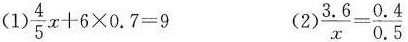
(1)$$\frac { 4 } { 5 } x + 6 \times 0.7 = 9$$ (2) $$\frac { 3 . 6 } { x } = \frac { 0 . 4 } { 0 . 5 }$$